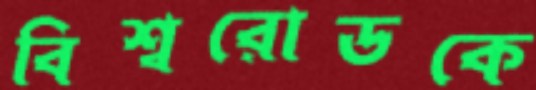
বিশ্বরোডকে